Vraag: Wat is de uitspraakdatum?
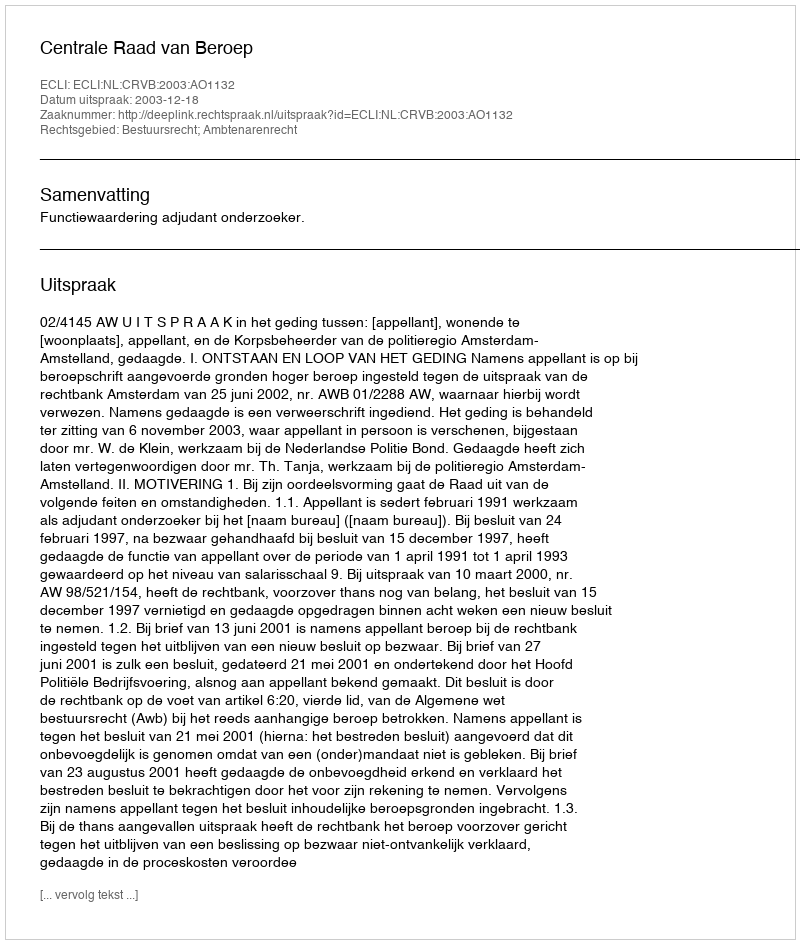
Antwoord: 2003-12-18